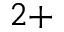
^ { 2 + }